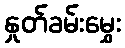
နှုတ်ခမ်းမွှေး